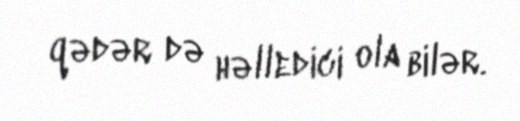
qədər də həlledici ola bilər.